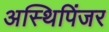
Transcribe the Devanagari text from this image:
अस्थिपिंजर